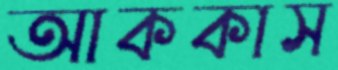
আককাস